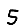
Digit: 5